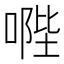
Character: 𠹯